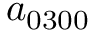
a _ { 0 3 0 0 }